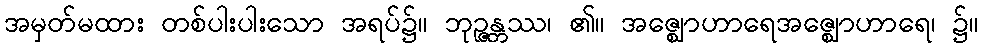
အမှတ်မထား တစ်ပါးပါးသော အရပ်၌။ ဘုဉ္ဇန္တဿ၊ ၏။ အဇ္ဈောဟာရေအဇ္ဈောဟာရေ၊ ၌။